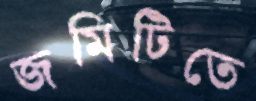
জমিটিতে